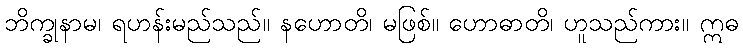
ဘိက္ခုနာမ၊ ရဟန်းမည်သည်။ နဟောတိ၊ မဖြစ်။ ဟောဓာတိ၊ ဟူသည်ကား။ ဣဓ